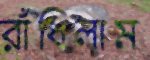
রাঁধিলাম